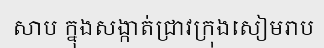
សាប ក្នុងសង្កាត់ជ្រាវក្រុងសៀមរាប